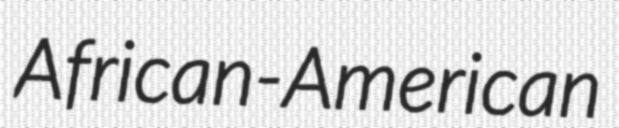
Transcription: African-American